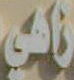
زاهي